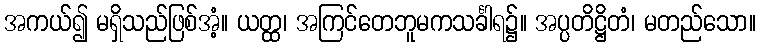
အကယ်၍ မရှိသည်ဖြစ်အံ့။ ယတ္ထ၊ အကြင်တေဘူမကသင်္ခါရ၌။ အပ္ပတိဋ္ဌိတံ၊ မတည်သော။